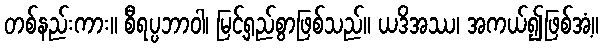
တစ်နည်းကား။ စီရပ္ပဘာဝါ၊ မြင့်ရှည်စွာဖြစ်သည်။ ယဒိအဿ၊ အကယ်၍ဖြစ်အံ့။